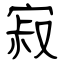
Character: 寂